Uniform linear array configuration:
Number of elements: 24
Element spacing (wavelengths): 0.25
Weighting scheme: hann
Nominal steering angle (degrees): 0
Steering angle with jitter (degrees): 0.1263
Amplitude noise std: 0.05
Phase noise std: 0.05

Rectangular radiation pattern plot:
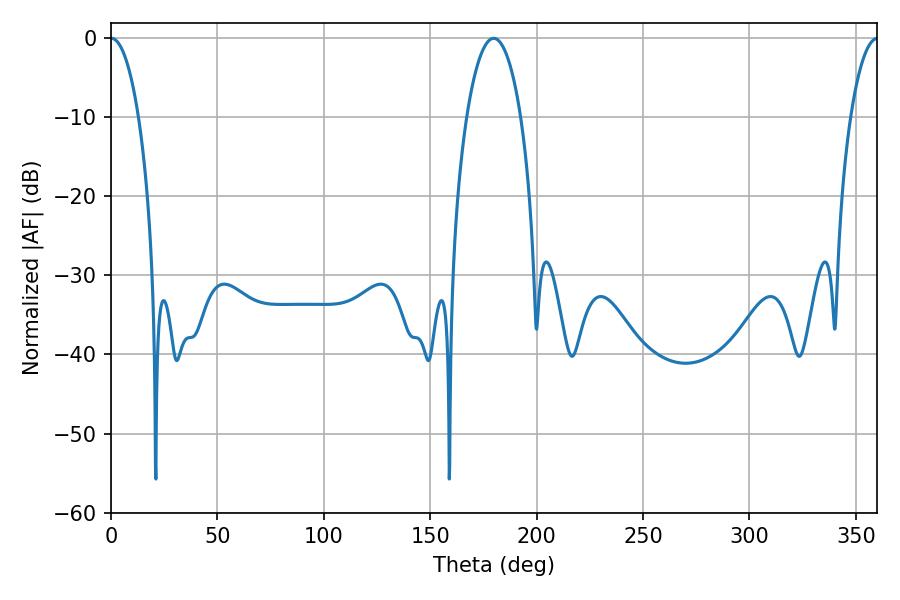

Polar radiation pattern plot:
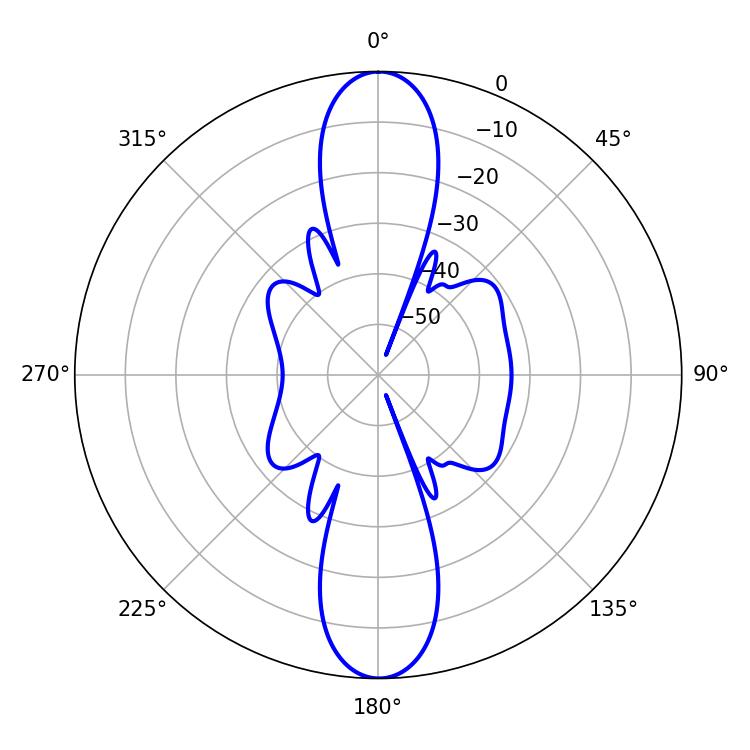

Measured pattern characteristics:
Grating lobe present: FALSE
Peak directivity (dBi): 29.763
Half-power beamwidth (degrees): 7.38
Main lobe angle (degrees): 0.18